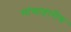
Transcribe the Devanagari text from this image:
मांसाहारीच